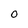
Character: O